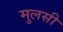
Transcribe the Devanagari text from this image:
मुलसी